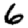
Digit: 6